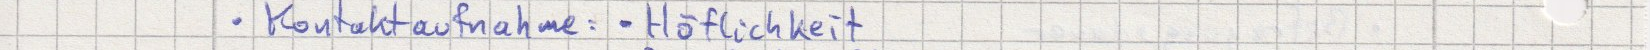
Kontaktaufnahme: - Höflichkeit